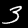
Digit: 3